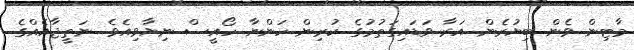
މާޓިން ވެން ބިޔުރެން އަރާ ވަޑައިގަތުމުގެ ކުރިން ހަންނާ ހޯއީސް ނިޔާވިއެވެ. ނަތީޖާއެއްގެ